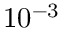
1 0 ^ { - 3 }